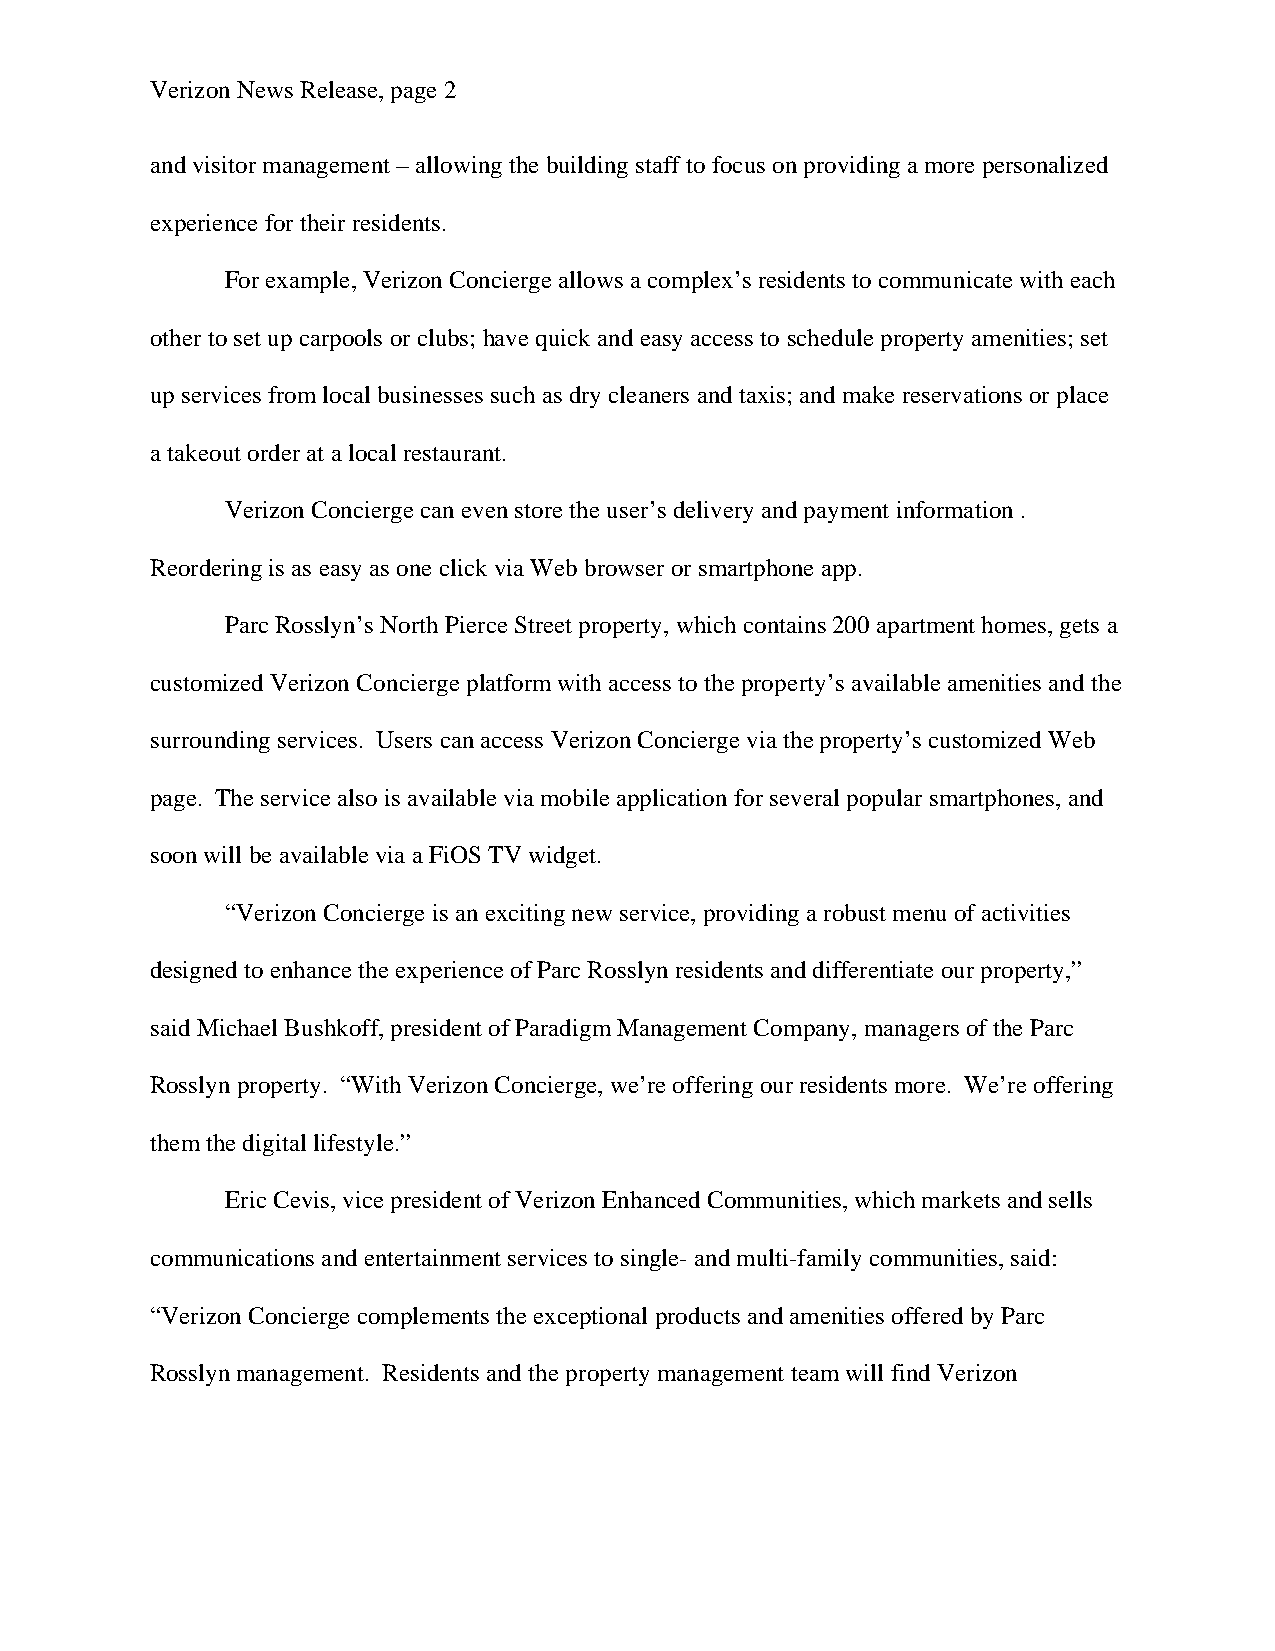
Verizon News Release, page 2
 and visitor management – allowing the building staff to focus on providing a more personalized
 experience for their residents.
 For example, Verizon Concierge allows a complex’s residents to communicate with each
 other to set up carpools or clubs; have quick and easy access to schedule property amenities; set
 up services from local businesses such as dry cleaners and taxis; and make reservations or place
 a takeout order at a local restaurant.
 Verizon Concierge can even store the user’s delivery and payment information .
 Reordering is as easy as one click via Web browser or smartphone app.
 Parc Rosslyn’s North Pierce Street property, which contains 200 apartment homes, gets a
 customized Verizon Concierge platform with access to the property’s available amenities and the
 surrounding services. Users can access Verizon Concierge via the property’s customized Web
 page. The service also is available via mobile application for several popular smartphones, and
 soon will be available via a FiOS TV widget.
 “Verizon Concierge is an exciting new service, providing a robust menu of activities
 designed to enhance the experience of Parc Rosslyn residents and differentiate our property,”
 said Michael Bushkoff, president of Paradigm Management Company, managers of the Parc
 Rosslyn property. “With Verizon Concierge, we’re offering our residents more. We’re offering
 them the digital lifestyle.”
 Eric Cevis, vice president of Verizon Enhanced Communities, which markets and sells
 communications and entertainment services to single- and multi-family communities, said:
 “Verizon Concierge complements the exceptional products and amenities offered by Parc
 Rosslyn management. Residents and the property management team will find Verizon